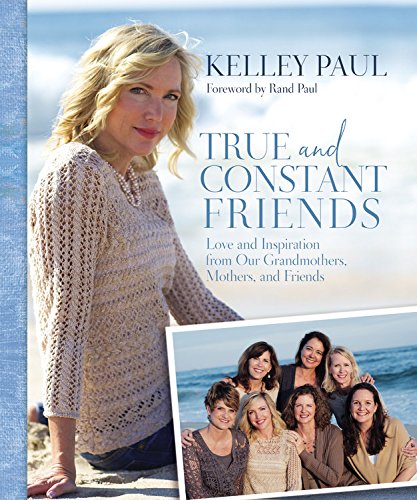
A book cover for True and Constant Friends: Love and Inspiration from Our Grandmothers, Mothers, and Friends; Kelley Paul; Parenting & Relationships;